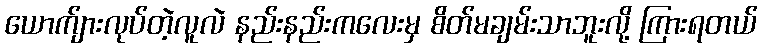
ယောက်ျားလုပ်တဲ့လူလဲ နည်းနည်းကလေးမှ စိတ်မချမ်းသာဘူးလို့ ကြားရတယ်